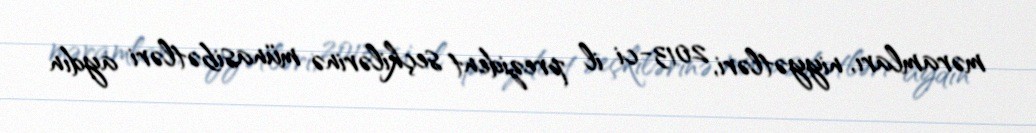
məramları, niyyətləri, 2013-ci il prezident seçkilərinə münasibətləri aydın